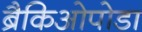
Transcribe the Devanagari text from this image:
ब्रैकिओपोडा